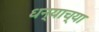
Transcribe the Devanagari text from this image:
धन्याच्या